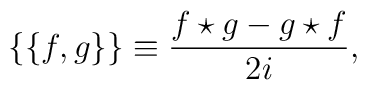
\{\{f,g\}\} \equiv {f\star g - g\star f \over 2i},